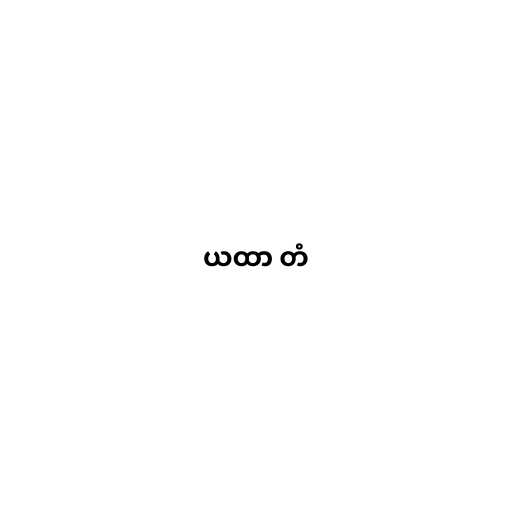
ယထာ တံ